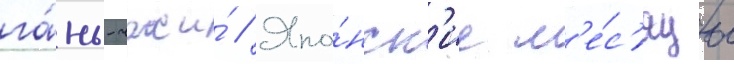
га́нь-чжи́ // Япо́нск'ие м'е́с'яцы